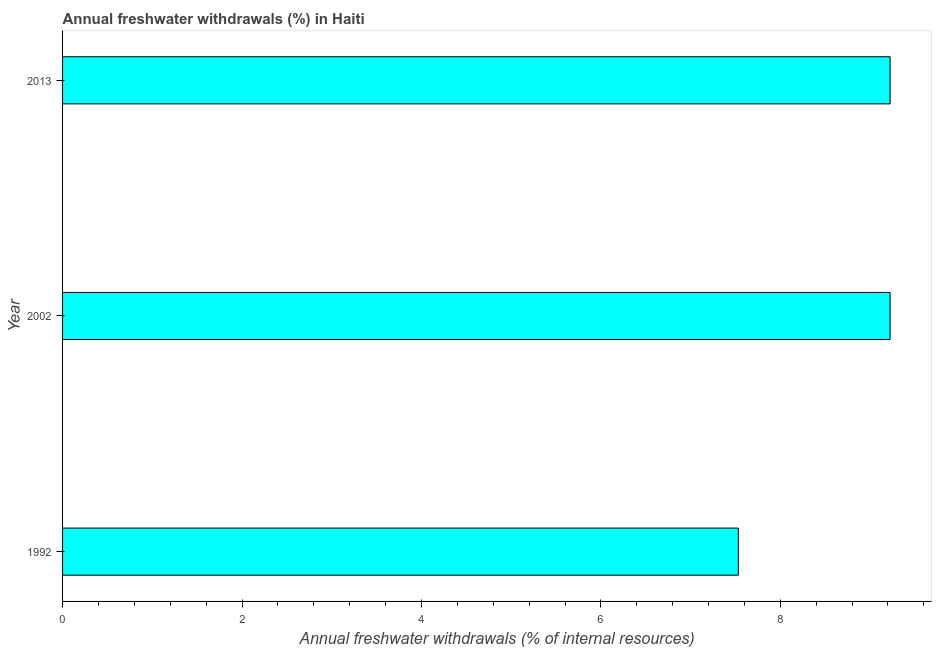
| Year | Annual freshwater withdrawals |
 | --- | --- |
 | 1992 | 7.53 |
 | 2002 | 9.22 |
 | 2013 | 9.22 |